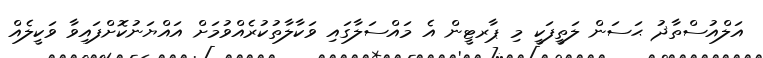
އަލްއުސްތާޛު ޙަސަން ލަތީފަކީ މި ޕާރޓީން އެ މައްސަލާގައި ވަކާލާތުކުރެއްވުމަށް އައްޔަނުކޮށްފައިވާ ވަކީލެއް